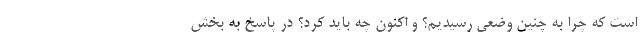
است که چرا به چنین وضعی رسیدیم؟ و اکنون چه باید کرد؟ در پاسخ به بخش